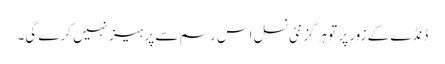
ڈنڈے کے زور پر تو ہرگز نئی نسل اس رسم سے پرہیز نہیں کرے گی۔